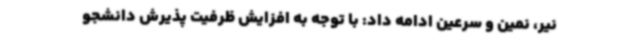
نیر، نمین و سرعین ادامه داد: با توجه به افزایش ظرفیت پذیرش دانشجو